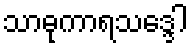
သာဓုကာရသဒ္ဒေါ